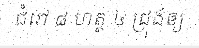
ជំរៅ ៨ ហត្ថ ៤ ជ្រុងឲ្យ